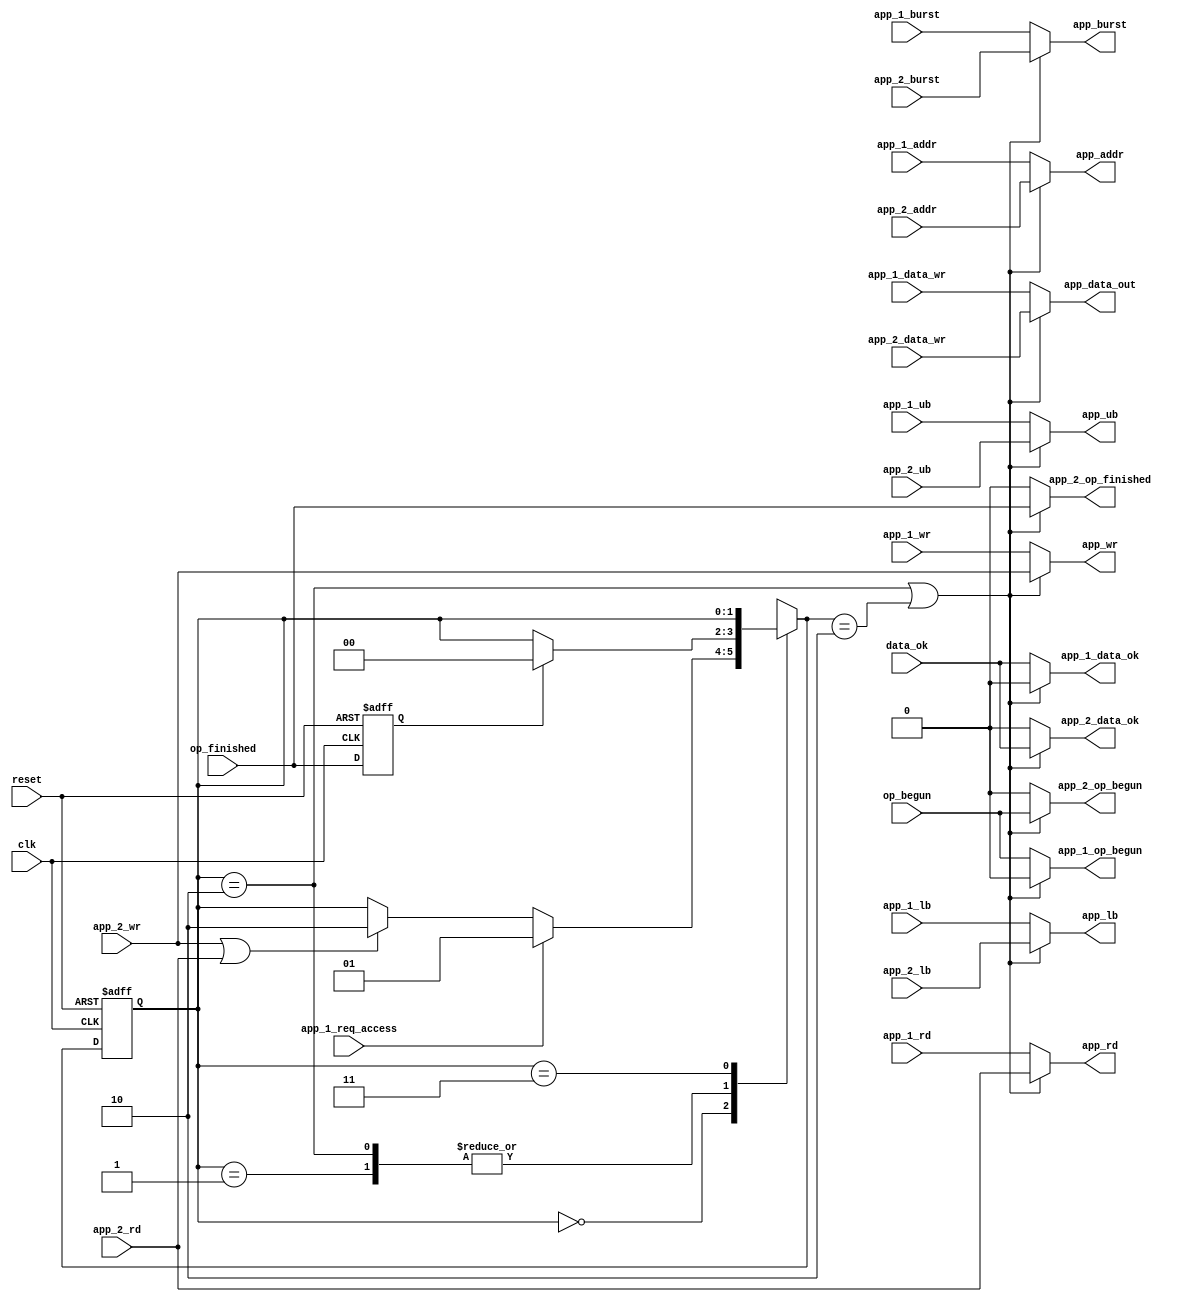
module dualport_frontend
(
	// general inputs
	clk,
	reset,
	// input 1
	app_1_data_wr,
	app_1_addr,
	app_1_wr,
	app_1_rd,
	app_1_ub,
	app_1_lb,
	app_1_burst,
	app_1_req_access,
	// output 1
	app_1_data_ok,
	app_1_op_begun,
	// input 2
	app_2_data_wr,
	app_2_addr,
	app_2_wr,
	app_2_rd,
	app_2_ub,
	app_2_lb,
	app_2_burst,
	// output 2
	app_2_data_ok,
	app_2_op_finished,
	app_2_op_begun,
	// input mem
	data_ok,
	op_finished,
	op_begun,
	// output mem
	app_data_out,
	app_addr,
	app_wr,
	app_rd,
	app_ub,
	app_lb,
	app_burst
);

input			clk;
input			reset;
// input 1
input 	[15:0]	app_1_data_wr;
input 	[22:0]	app_1_addr;
input			app_1_wr;
input			app_1_rd;
input			app_1_ub;
input			app_1_lb;
input			app_1_burst;
input			app_1_req_access;
// output 1
output			app_1_data_ok;
output			app_1_op_begun;
// input 2
input 	[15:0]	app_2_data_wr;
input 	[22:0]	app_2_addr;
input			app_2_wr;
input			app_2_rd;
input			app_2_ub;
input			app_2_lb;
input			app_2_burst;
// output 2
output			app_2_data_ok;
output			app_2_op_finished;
output			app_2_op_begun;
// input mem
input			op_begun;
input			op_finished;
input			data_ok;
// output mem
output	[15:0]	app_data_out;
output	[22:0]	app_addr;
output			app_wr;
output			app_rd;
output			app_ub;
output			app_lb;
output			app_burst;

wire			app_sel;				// application selector: 0 = app_1, 1 = app_2
reg		[1:0]	cur_state = 0;			// FSM stat register
reg		[1:0]	next_state;				// next state signal
reg				op_finished_reg = 0;	// registering op_finished signal to avoid combinational loopbacks

assign app_data_out = app_sel ? app_2_data_wr : app_1_data_wr;
assign app_addr =  app_sel ? app_2_addr : app_1_addr;
assign app_ub =  app_sel ? app_2_ub : app_1_ub;
assign app_lb =  app_sel ? app_2_lb : app_1_lb;
assign app_wr =  app_sel ? app_2_wr : app_1_wr;
assign app_rd =  app_sel ? app_2_rd : app_1_rd;
assign app_burst =  app_sel ? app_2_burst : app_1_burst;
assign app_2_data_ok = app_sel ? data_ok : 1'b0;
assign app_2_op_begun = app_sel ? op_begun : 1'b0;
assign app_2_op_finished = app_sel ? op_finished : 1'b0;
assign app_1_data_ok = app_sel ? 1'b0 : data_ok;
assign app_1_op_begun = app_sel ? 1'b0 : op_begun;

assign app_sel = ((cur_state == 2)|(next_state == 2));

always @ (posedge clk or posedge reset)
	begin
		if (reset)
			cur_state <= 0;
		else
			cur_state <= next_state;
	end
//

// registering op_finished to avoid a combinational loopback which otherwise appear
always @ (posedge clk or posedge reset)
	begin
		if (reset)
			op_finished_reg <= 0;
		else
			op_finished_reg <= op_finished;
	end
//

always @ (cur_state,app_1_wr,app_1_rd,app_2_wr,app_2_rd,op_finished_reg,app_1_req_access)
	begin
		case (cur_state)
			// access available
			0:	begin
					//if (app_1_wr | app_1_rd)
					if (app_1_req_access)
						next_state = 1;
					else if (app_2_wr | app_2_rd)
						next_state = 2;
					else
						next_state = cur_state;
				end
			// application 1 is using memory
			1:	begin
					if (op_finished_reg)
						next_state = 0;
					else
						next_state = cur_state;
				end
			// application 2 is using memory
			2:	begin
					if (op_finished_reg)
						next_state = 0;
					else
						next_state = cur_state;
				end
			3:	begin
					next_state = cur_state;
				end
		endcase
	end
//

endmodule